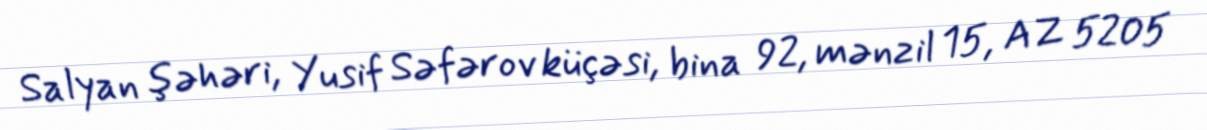
Salyan şəhəri, Yusif Səfərov küçəsi, bina 92, mənzil 15, AZ 5205